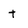
Character: t